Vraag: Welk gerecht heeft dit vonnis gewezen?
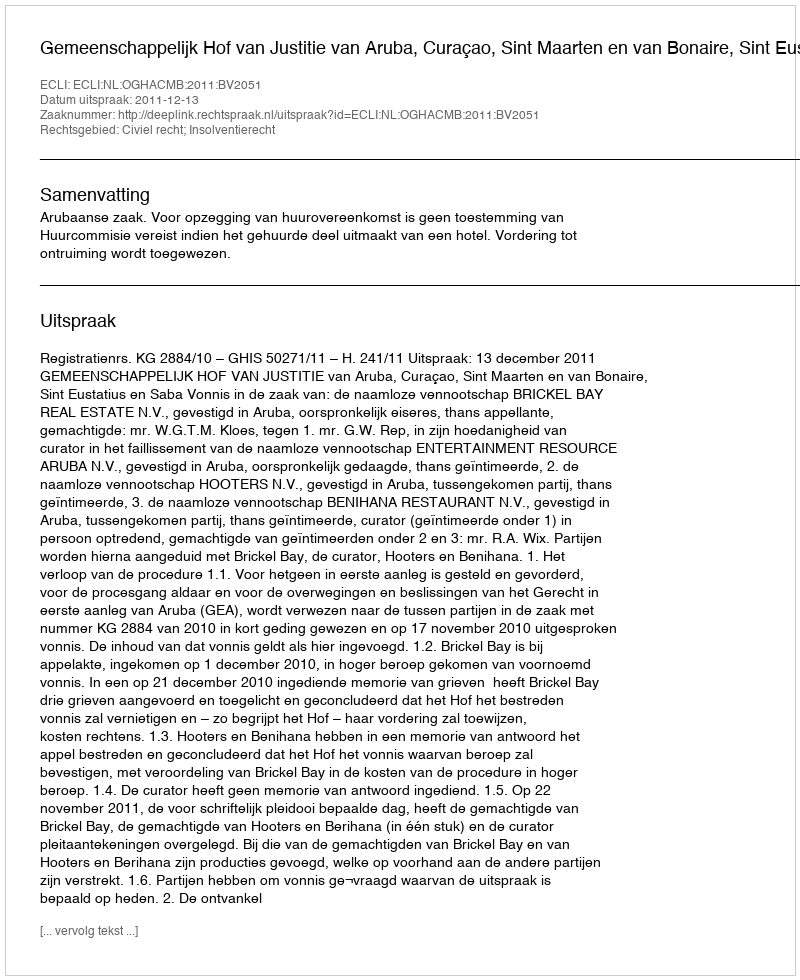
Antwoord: Gemeenschappelijk Hof van Justitie van Aruba, Curaçao, Sint Maarten en van Bonaire, Sint Eustatius en Saba